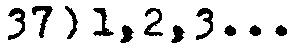
37) 1,2,3...